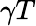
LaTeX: \gamma T